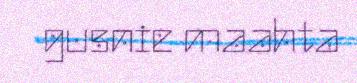
gusnie maahta